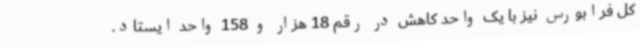
کل فرابورس نیز با یک واحد کاهش در رقم 18 هزار و 158 واحد ایستاد.